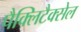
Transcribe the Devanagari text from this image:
पैक्लिटैक्सेल